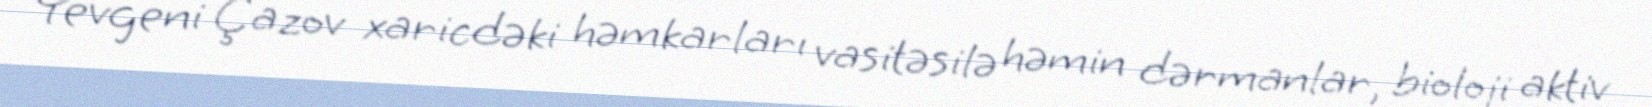
Yevgeni Çazov xaricdəki həmkarları vasitəsilə həmin dərmanlar, bioloji aktiv